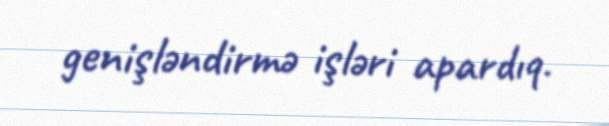
genişləndirmə işləri apardıq.